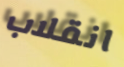
انقلاب